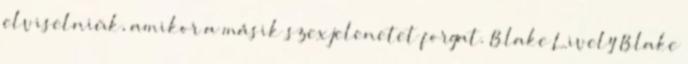
elviselniük, amikor a másik szexjelenetet forgat. Blake Lively Blake